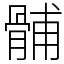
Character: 䯙